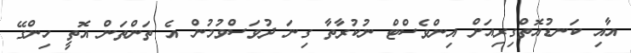
އާއި ކަނޑުއޮތްގިރިއަށް އިންވެސްޓް ނުކުރާތާ ގިނަ ދުވަސްވުމުން އެ ތަންތަން އޮތީ ހިންގޭ